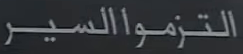
التزموالسير